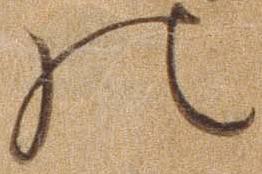
の